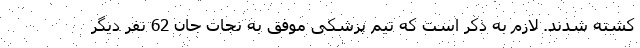
کشته شدند. لازم به ذکر است که تیم پزشکی موفق به نجات جان 62 نفر دیگر